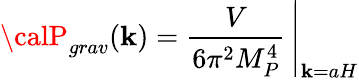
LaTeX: {\calP}_{grav}(\mathbf{k})=\left.{\frac{{V}}{{6\pi^{2}M_{P}^{4}}}}\, \right|_{\mathbf{k}=aH}